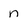
Character: n